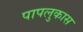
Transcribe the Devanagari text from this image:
पापलुकास